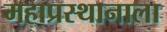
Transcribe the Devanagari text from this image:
महाप्रस्थानाला